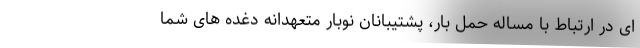
ای در ارتباط با مساله حمل بار، پشتیبانان نوبار متعهدانه دغده های شما